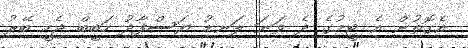
އެގޮތުން އެ ޓީމުގެ ދެ ވަނަ ލަނޑު ޔަސްފާދު ހަބީބް ޖެހީ ބޭރު